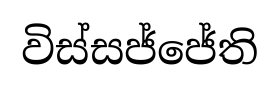
විස්සජ්ජේති